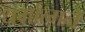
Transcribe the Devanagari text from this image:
धर्मात्मने